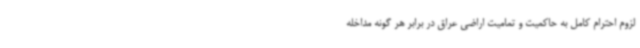
لزوم احترام کامل به حاکمیت و تمامیت اراضی عراق در برابر هر گونه مداخله